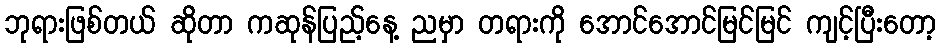
ဘုရားဖြစ်တယ် ဆိုတာ ကဆုန်ပြည့်နေ့ ညမှာ တရားကို အောင်အောင်မြင်မြင် ကျင့်ပြီးတော့